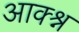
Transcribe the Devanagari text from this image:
आक्श्न